Sleeping sickness
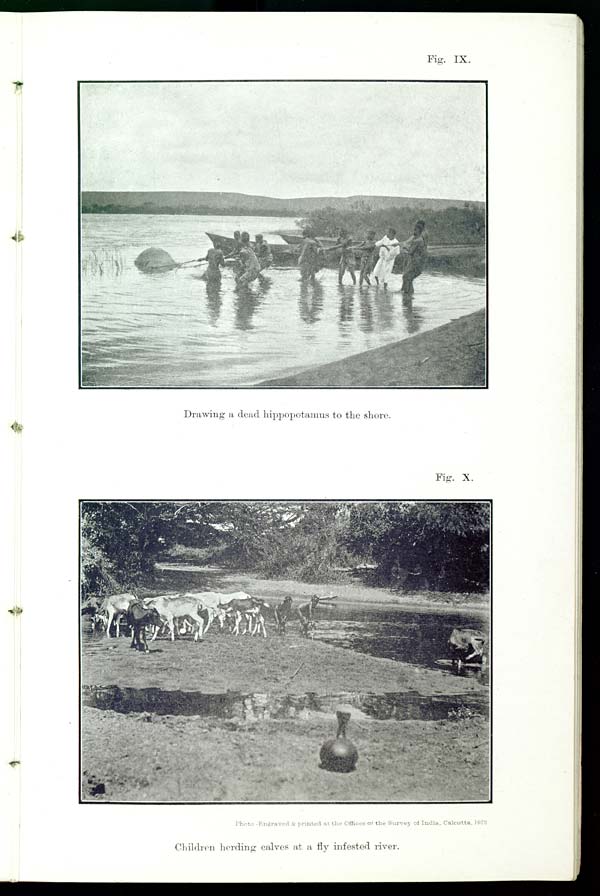
Fig. IX.
Drawing a dead hippopotamus to the shore.
Fig. X.
Photo.-Engraved & printed at the Offices of the Survey of India, Calcutta, 1912
Children herding calves at a fly infested river.